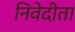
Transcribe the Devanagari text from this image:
निवेदीता